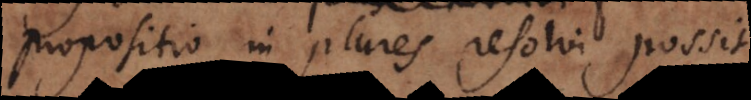
propositio in plures resolvi possit.